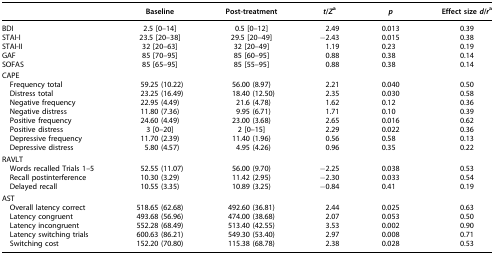
<table><thead><tr><td>[EMPTY_CELL]</td><td><b>Baseline</b></td><td><b>Post-treatment</b></td><td><b><i>t</i>/<i>Z</i><sup>a</sup></b></td><td><b><i>p</i></b></td><td><b>Effect size <i>d</i>/<i>r</i><sup>a</sup></b></td></tr></thead><tbody><tr><td>BDI</td><td>2.5 [0–14]</td><td>0.5 [0–12]</td><td>2.49</td><td>0.013</td><td>0.39</td></tr><tr><td>STAI-I</td><td>23.5 [20–38]</td><td>29.5 [20–49]</td><td>−2.43</td><td>0.015</td><td>0.38</td></tr><tr><td>STAI-II</td><td>32 [20–63]</td><td>32 [20–49]</td><td>1.19</td><td>0.23</td><td>0.19</td></tr><tr><td>GAF</td><td>85 [70–95]</td><td>85 [60–95]</td><td>0.88</td><td>0.38</td><td>0.14</td></tr><tr><td>SOFAS</td><td>85 [65–95]</td><td>85 [55–95]</td><td>0.88</td><td>0.38</td><td>0.14</td></tr><tr><td colspan="6">CAPE</td></tr><tr><td> Frequency total</td><td>59.25 (10.22)</td><td>56.00 (8.97)</td><td>2.21</td><td>0.040</td><td>0.50</td></tr><tr><td> Distress total</td><td>23.25 (16.49)</td><td>18.40 (12.50)</td><td>2.35</td><td>0.030</td><td>0.58</td></tr><tr><td> Negative frequency</td><td>22.95 (4.49)</td><td>21.6 (4.78)</td><td>1.62</td><td>0.12</td><td>0.36</td></tr><tr><td> Negative distress</td><td>11.80 (7.36)</td><td>9.95 (6.71)</td><td>1.71</td><td>0.10</td><td>0.39</td></tr><tr><td> Positive frequency</td><td>24.60 (4.49)</td><td>23.00 (3.68)</td><td>2.65</td><td>0.016</td><td>0.62</td></tr><tr><td> Positive distress</td><td>3 [0–20]</td><td>2 [0–15]</td><td>2.29</td><td>0.022</td><td>0.36</td></tr><tr><td> Depressive frequency</td><td>11.70 (2.39)</td><td>11.40 (1.96)</td><td>0.56</td><td>0.58</td><td>0.13</td></tr><tr><td> Depressive distress</td><td>5.80 (4.57)</td><td>4.95 (4.26)</td><td>0.96</td><td>0.35</td><td>0.22</td></tr><tr><td colspan="6">RAVLT</td></tr><tr><td> Words recalled Trials 1–5</td><td>52.55 (11.07)</td><td>56.00 (9.70)</td><td>−2.25</td><td>0.038</td><td>0.53</td></tr><tr><td> Recall postinterference</td><td>10.30 (3.29)</td><td>11.42 (2.95)</td><td>−2.30</td><td>0.033</td><td>0.54</td></tr><tr><td> Delayed recall</td><td>10.55 (3.35)</td><td>10.89 (3.25)</td><td>−0.84</td><td>0.41</td><td>0.19</td></tr><tr><td colspan="6">AST</td></tr><tr><td> Overall latency correct</td><td>518.65 (62.68)</td><td>492.60 (36.81)</td><td>2.44</td><td>0.025</td><td>0.63</td></tr><tr><td> Latency congruent</td><td>493.68 (56.96)</td><td>474.00 (38.68)</td><td>2.07</td><td>0.053</td><td>0.50</td></tr><tr><td> Latency incongruent</td><td>552.28 (68.49)</td><td>513.40 (42.55)</td><td>3.53</td><td>0.002</td><td>0.90</td></tr><tr><td> Latency switching trials</td><td>600.63 (86.21)</td><td>549.30 (53.40)</td><td>2.97</td><td>0.008</td><td>0.71</td></tr><tr><td> Switching cost</td><td>152.20 (70.80)</td><td>115.38 (68.78)</td><td>2.38</td><td>0.028</td><td>0.53</td></tr></tbody></table>